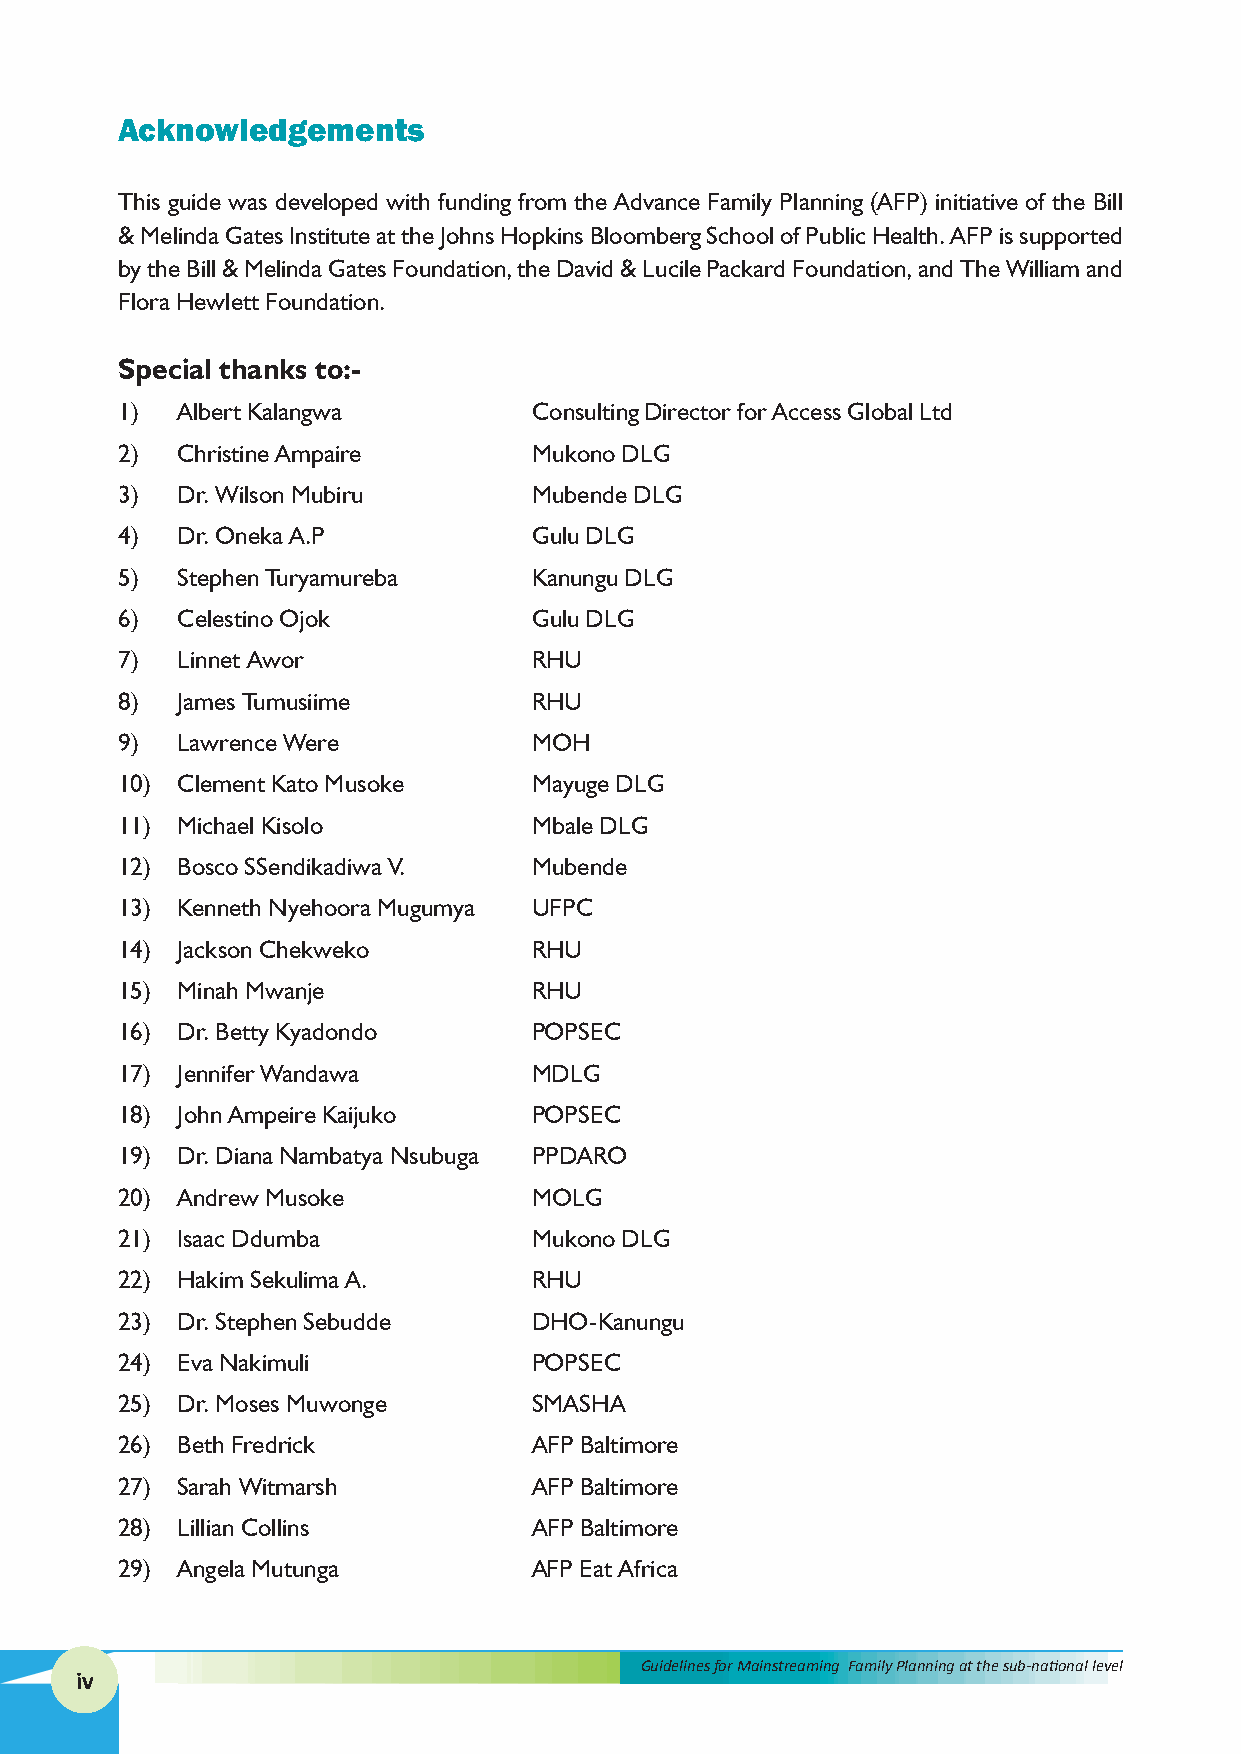
Acknowledgements
 This guide was developed with funding from the Advance Family Planning (AFP) initiative of the Bill
 & Melinda Gates Institute at the Johns Hopkins Bloomberg School of Public Health. AFP is supported
 by the Bill & Melinda Gates Foundation, the David & Lucile Packard Foundation, and The William and
 Flora Hewlett Foundation.
 Special thanks to:-
 1)  Albert Kalangwa        Consulting Director for Access Global Ltd
 2)  Christine Ampaire      Mukono DLG
 3)  Dr. Wilson Mubiru      Mubende DLG
 4)  Dr. Oneka A.P          Gulu DLG
 5)  Stephen Turyamureba    Kanungu DLG
 6)  Celestino Ojok         Gulu DLG
 7)  Linnet Awor            RHU
 8)  James Tumusiime        RHU
 9)  Lawrence Were          MOH
 10) Clement Kato Musoke    Mayuge DLG
 11) Michael Kisolo         Mbale DLG
 12) Bosco SSendikadiwa V.  Mubende
 13) Kenneth Nyehoora Mugumya UFPC
 14) Jackson Chekweko       RHU
 15) Minah Mwanje           RHU
 16) Dr. Betty Kyadondo     POPSEC
 17) Jennifer Wandawa       MDLG
 18) John Ampeire Kaijuko   POPSEC
 19) Dr. Diana Nambatya Nsubuga PPDARO
 20) Andrew Musoke          MOLG
 21) Isaac Ddumba           Mukono DLG
 22) Hakim Sekulima A.      RHU
 23) Dr. Stephen Sebudde    DHO-Kanungu
 24) Eva Nakimuli           POPSEC
 25) Dr. Moses Muwonge      SMASHA
 26) Beth Fredrick          AFP Baltimore
 27) Sarah Witmarsh         AFP Baltimore
 28) Lillian Collins        AFP Baltimore
 29) Angela Mutunga         AFP Eat Africa
 Guidelines for Mainstreaming Family Planning at the sub-national level
 iv